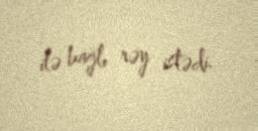
ilə bağlı rəy istədi.